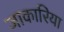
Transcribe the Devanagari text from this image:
जाकारिया